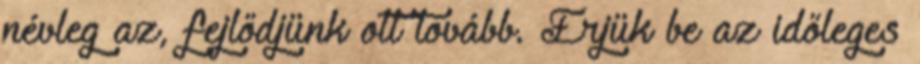
névleg az, fejlődjünk ott tovább. Érjük be az időleges